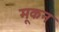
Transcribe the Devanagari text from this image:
मूकन